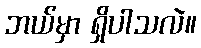
ဘယ်မှာ ရှိပါသလဲ။